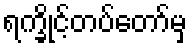
ရက္ခိုင့်တပ်တော်မှ